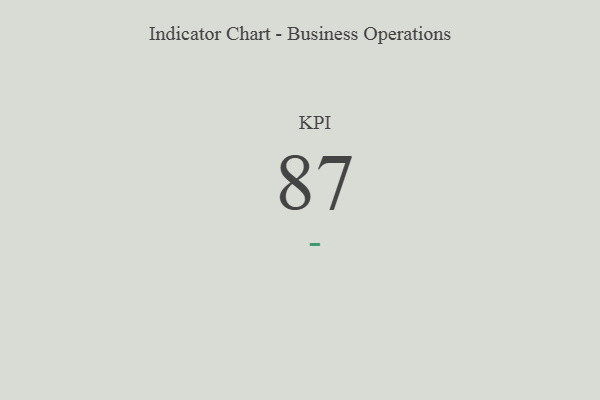
{"axis": {"x": "KPI", "y": "Value"}, "legend": [""], "data": [{"x": "KPI", "y": 87, "type": ""}]}